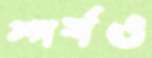
স্পর্শও